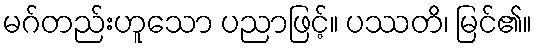
မဂ်တည်းဟူသော ပညာဖြင့်။ ပဿတိ၊ မြင်၏။